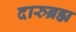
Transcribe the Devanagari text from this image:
दारुब्रह्म